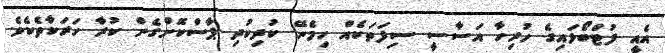
އެއީ ފުޓްބޯޅައިގެ ހުރިހާ އަސާސީ ސިފަތަކެއް ހިމެނޭ ކުދިކުދި ޕާސްކޮށްގެން ކުރާ ހަރަކާތެކެވެ.